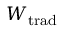
W _ { \mathrm { t r a d } }